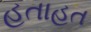
હતાહત